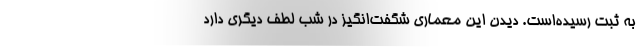
به ثبت رسیده‌است. دیدن این معماری شگفت‌انگیز در شب لطف دیگری دارد